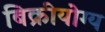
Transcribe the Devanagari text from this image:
बिक्रीयोग्य